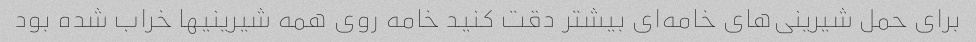
برای حمل شیرینی‌های خامه‌ای بیشتر دقت کنید خامه روی همه شیرینیها خراب شده بود